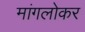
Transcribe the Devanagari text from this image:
मांगलोकर